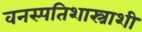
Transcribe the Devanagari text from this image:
वनस्पतिशास्त्राशी